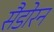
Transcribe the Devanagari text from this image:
सैडोरन